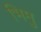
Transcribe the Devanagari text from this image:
भिमु